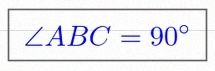
\angle ABC=90^\circ